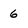
Character: 6